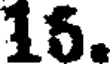
15.